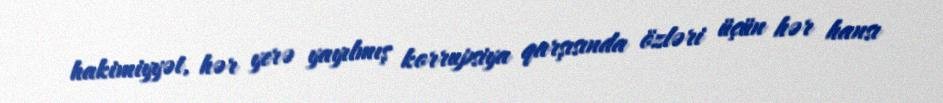
hakimiyyət, hər yerə yayılmış korrupsiya qarşısında özləri üçün hər hansı